Indian journal of veterinary science and animal husbandry - Volume 3,
Year: 1933
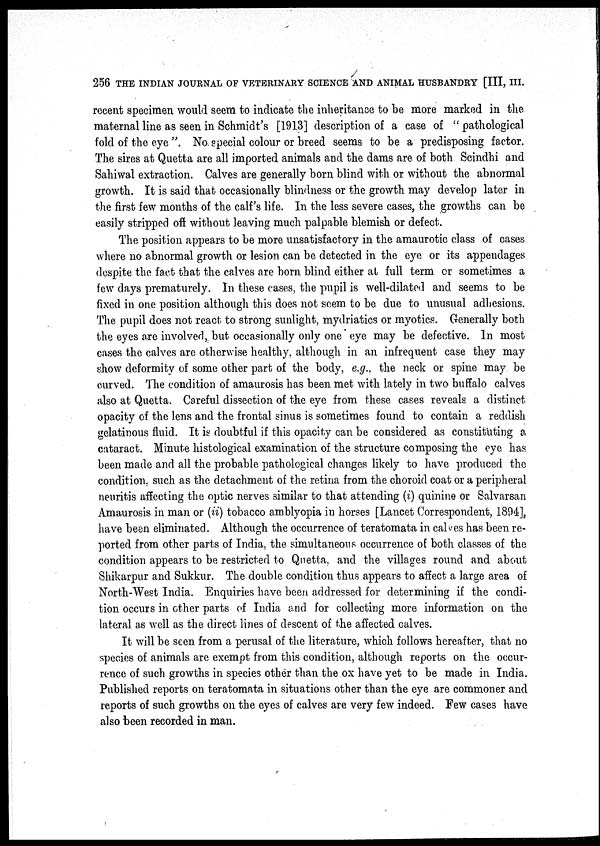
256 THE INDIAN JOURNAL OF VETERINARY SCIENCE AND ANIMAL HUSBANDRY [III, III.
recent specimen would seem to indicate the inheritance to be more marked in the
maternal line as seen in Schmidt's [1913] description of a case of " pathological
fold of the eye ". No special colour or breed seems to be a predisposing factor.
The sires at Quetta are all imported animals and the dams are of both Scindhi and
Sahiwal extraction. Calves are generally born blind with or without the abnormal
growth. It is said that occasionally blindness or the growth may develop later in
the first few months of the calf's life. In the less severe cases, the growths can be
easily stripped off without leaving much palpable blemish or defect.
The position appears to be more unsatisfactory in the amaurotic class of cases
where no abnormal growth or lesion can be detected in the eye or its appendages
despite the fact that the calves are born blind either at full term or sometimes a
few days prematurely. In these cases, the pupil is well-dilated and seems to be
fixed in one position although this does not seem to be due to unusual adhesions.
The pupil does not react to strong sunlight, mydriatics or myotics. Generally both
the eyes are involved, but occasionally only one eye may be defective. In most
cases the calves are otherwise healthy, although in an infrequent case they may
show deformity of some other part of the body, e.g., the neck or spine may be
curved. The condition of amaurosis has been met with lately in two buffalo calves
also at Quetta. Careful dissection of the eye from these cases reveals a distinct
opacity of the lens and the frontal sinus is sometimes found to contain a reddish
gelatinous fluid. It is doubtful if this opacity can be considered as constituting a
cataract. Minute histological examination of the structure composing the eye has
been made and all the probable pathological changes likely to have produced the
condition, such as the detachment of the retina from the choroid coat or a peripheral
neuritis affecting the optic nerves similar to that attending (i) quinine or Salvarsan
Amaurosis in man or (ii) tobacco amblyopia in horses [Lancet Correspondent, 1894],
have been eliminated. Although the occurrence of teratomata in calves has been re-
ported from other parts of India, the simultaneous occurrence of both classes of the
condition appears to be restricted to Quetta, and the villages round and about
Shikarpur and Sukkur. The double condition thus appears to affect, a large area of
North-West India. Enquiries have been addressed for determining if the condi-
tion occurs in other parts of India and for collecting more information on the
lateral as well as the direct lines of descent of the affected calves.
It will be seen from a perusal of the literature, which follows hereafter, that no
species of animals are exempt from this condition, although reports on the occur-
rence of such growths in species other than the ox have yet to be made in India.
Published reports on teratomata in situations other than the eye are commoner and
reports of such growths on the eyes of calves are very few indeed. Few cases have
also been recorded in man.